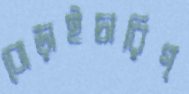
বোড়াইচারিগ্